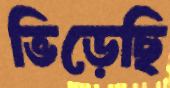
ভিড়েছি